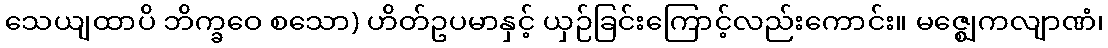
သေယျထာပိ ဘိက္ခဝေ စသော) ဟိတ်ဥပမာနှင့် ယှဉ်ခြင်းကြောင့်လည်းကောင်း။ မဇ္ဈေကလျာဏံ၊